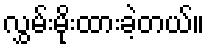
လွှမ်းမိုးထားခဲ့တယ်။